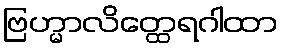
ဗြဟ္မာလိတ္ထေရဂါထာ